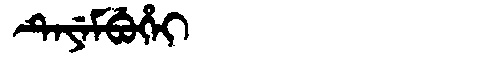
Manchu: ᡨᡝᠶᡝᠮᠪᡠᡥᡝᡳ
Romanization: TEYEMBUHEI